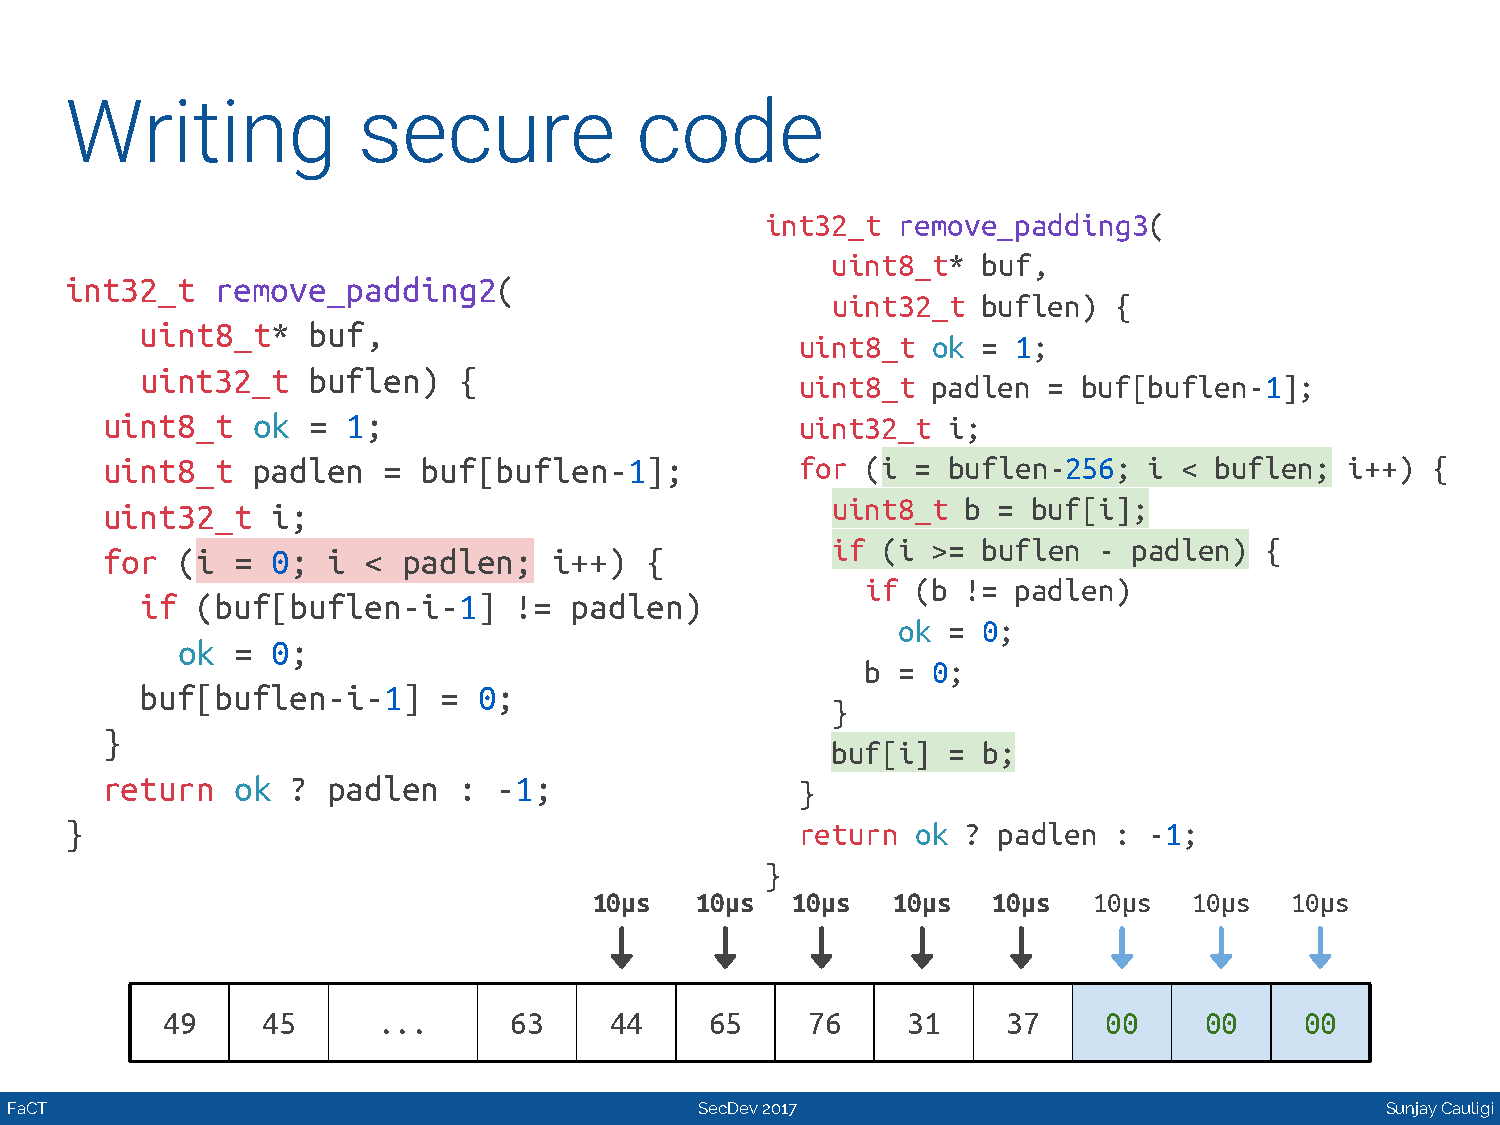
Writing             secure            code
 int32_t remove_padding3(
 uint8_t*  buf,
 int32_t   remove_padding2(
 uint32_t  buflen)  {
 uint8_t*   buf,
 uint8_t  ok = 1;
 uint32_t   buflen)   {
 uint8_t  padlen =  buf[buflen-1];
 uint8_t   ok =  1;                            uint32_t  i;
 uint8_t   padlen  =  buf[buflen-1];           for (i  = buflen-256;  i < buflen;  i++)  {
 uint32_t   i;                                   uint8_t  b = buf[i];
 if (i  >= buflen  - padlen)  {
 for  (i =  0;  i <  padlen;   i++)  {
 if  (b != padlen)
 if  (buf[buflen-i-1]     !=  padlen)
 ok  = 0;
 ok =  0;
 b =  0;
 buf[buflen-i-1]     =  0;
 }
 }
 buf[i]  = b;
 return  ok  ?  padlen  :  -1;
 }
 }                                                return  ok ? padlen  : -1;
 }
 10μs   10μs  10μs   10μs   10μs  10μs   10μs  10μs
 49    45      ...      63    44     65    76     31     37    00     00    00
 FaCT                                          SecDev 2017                                   Sunjay Cauligi